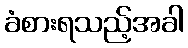
ခံစားရသည့်အခါ